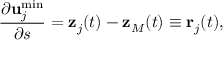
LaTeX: \frac { \partial { \bf u } _ { j } ^ { \operatorname * { m i n } } } { \partial s } = { \bf z } _ { j } ( t ) - { \bf z } _ { M } ( t ) \equiv { \bf r } _ { j } ( t ) ,